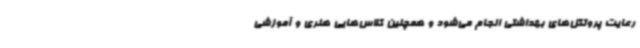
رعایت پروتکل‌های بهداشتی انجام می‌شود و همچنین کلاس‌هایی هنری و آموزشی